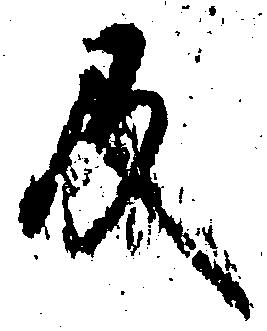
及